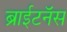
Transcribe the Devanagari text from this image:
ब्राईटनॅस